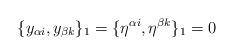
LaTeX: \begin{align*}\{y_{\alpha i}, y_{\beta k}\}_1=\{\eta^{\alpha i}, \eta^{\beta k}\}_1=0\end{align*}